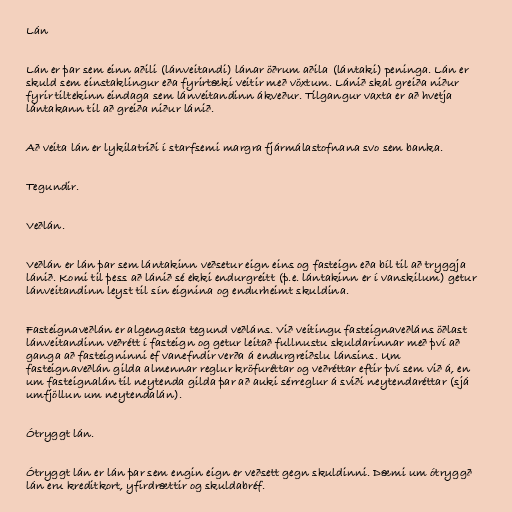
Lán

Lán er þar sem einn aðili (lánveitandi) lánar öðrum aðila (lántaki) peninga. Lán er
skuld sem einstaklingur eða fyrirtæki veitir með vöxtum. Lánið skal greiða niður
fyrir tiltekinn eindaga sem lánveitandinn ákveður. Tilgangur vaxta er að hvetja
lántakann til að greiða niður lánið.

Að veita lán er lykilatriði í starfsemi margra fjármálastofnana svo sem banka.

Tegundir.

Veðlán.

Veðlán er lán þar sem lántakinn veðsetur eign eins og fasteign eða bíl til að tryggja
lánið. Komi til þess að lánið sé ekki endurgreitt (þ.e. lántakinn er í vanskilum) getur
lánveitandinn leyst til sín eignina og endurheimt skuldina.

Fasteignaveðlán er algengasta tegund veðláns. Við veitingu fasteignaveðláns öðlast
lánveitandinn veðrétt í fasteign og getur leitað fullnustu skuldarinnar með því að
ganga að fasteigninni ef vanefndir verða á endurgreiðslu lánsins. Um
fasteignaveðlán gilda almennar reglur kröfuréttar og veðréttar eftir því sem við á, en
um fasteignalán til neytenda gilda þar að auki sérreglur á sviði neytendaréttar (sjá
umfjöllun um neytendalán).

Ótryggt lán.

Ótryggt lán er lán þar sem engin eign er veðsett gegn skuldinni. Dæmi um ótryggð
lán eru kreditkort, yfirdrættir og skuldabréf.